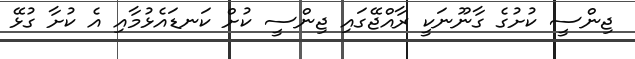
ޖިންސީ ކުށުގެ ގާނޫނަކީ ރާއްޖޭގައި ޖިންސީ ކުށް ކަނޑައެޅުމާއި އެ ކުށާ ގުޅޭ